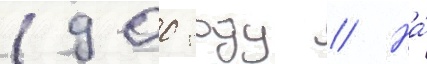
1900 году // На́